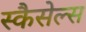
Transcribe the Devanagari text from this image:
स्कैसेल्स